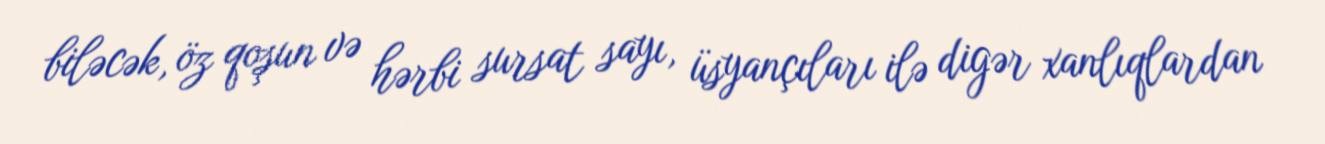
biləcək, öz qoşun və hərbi sursat sayı, üsyançıları ilə digər xanlıqlardan